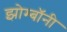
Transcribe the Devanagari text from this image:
झोम्बॉनी